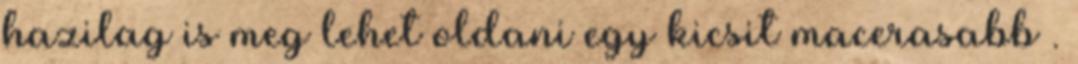
hazilag is meg lehet oldani egy kicsit macerasabb .